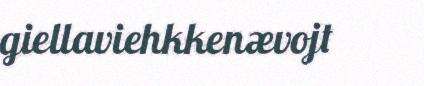
giellaviehkkenævojt